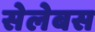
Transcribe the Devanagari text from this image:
सेलेबस